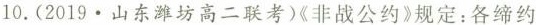
10. (2019 · 山东潍坊高二联考)《非战公约》规定：各缔约